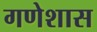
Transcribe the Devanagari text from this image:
गणेशास